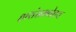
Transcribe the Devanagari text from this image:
हारांसमवेतच